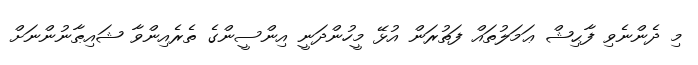
މި ދެންނެވި ފާޙިޝް ޢަމަލުތައް ފަތުރަން އުޅޭ މީހުންދަނީ އިންސީންގެ ތެރެއިންވާ ޝައިޠާނުންނަށް